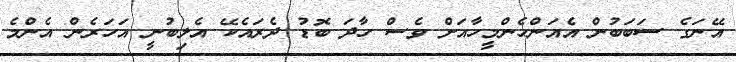
އޭނަގެ ސަބަބުން އެއަންހެންމީހާއަށް ވެސް ހާދަ ބޮޑު ދެރައެކޭ އެލިބުނީ އަހަރެން އެންމެ